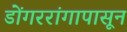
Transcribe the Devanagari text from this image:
डोंगररांगापासून